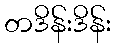
တဒိန်းဒိန်း